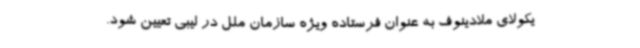
یکولای ملادینوف به عنوان فرستاده ویژه سازمان ملل در لیبی تعیین شود.